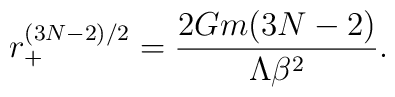
r_+^{(3N-2)/2}=\frac{2Gm(3N-2)}{\Lambda \beta^2}.